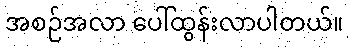
အစဉ်အလာ ပေါ်ထွန်းလာပါတယ်။